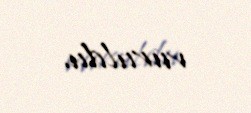
vuruldu.